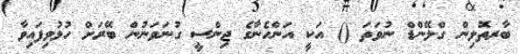
ބާރތޮލިން ގްލޭންޑް ނުވަތަ () އަކީ އަންހެނާގެ ޖިންސީ ގުނަވަނުން ބޭރަށް ހުޅުވިފައިވާ